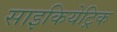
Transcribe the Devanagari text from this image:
साइकियेट्रिक